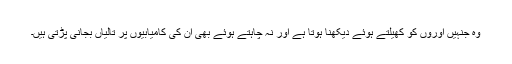
وہ جنہیں اوروں کو کھیلتے ہوئے دیکھنا ہوتا ہے اور نہ چاہتے ہوئے بھی ان کی کامیابیوں پر تالیاں بجانی پڑتی ہیں۔